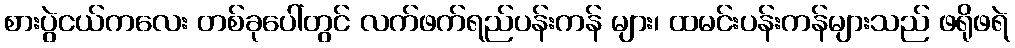
စားပွဲငယ်ကလေး တစ်ခုပေါ်တွင် လက်ဖက်ရည်ပန်းကန် များ၊ ထမင်းပန်းကန်များသည် ဖရိုဖရဲ